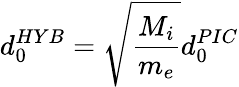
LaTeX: d_{0}^{HYB}=\sqrt{\frac{M_{i}}{m_{e}}}d_{0}^{PIC}